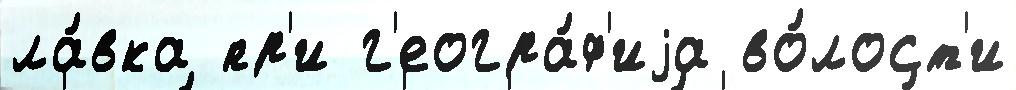
ла́вка пр'и г'еогра́ф'иjа во́лост'и